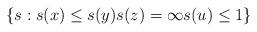
LaTeX: \begin{align*}&\{s : s(x) \leq s(y) s(z) = \infty s(u) \leq 1\}\end{align*}